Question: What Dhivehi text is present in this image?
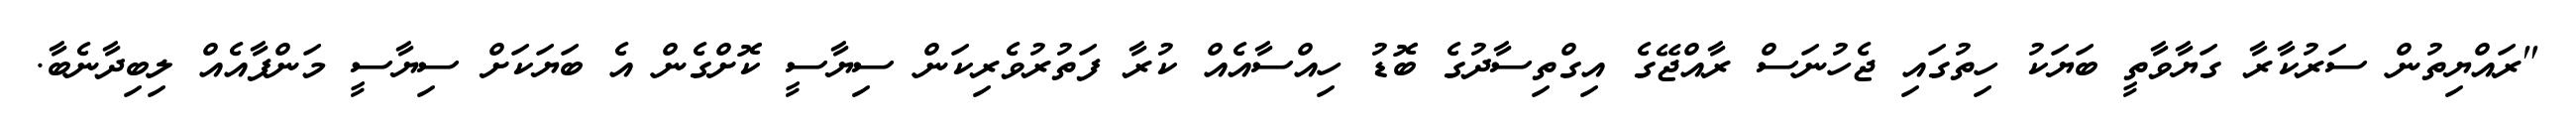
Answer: "ރައްޔިތުން ސަރުކާރާ ގަޔާވާތީ ބަޔަކު ހިތުގައި ޖެހުނަސް ރާއްޖޭގެ އިގްތިސާދުގެ ބޮޑު ހިއްސާއެއް ކުރާ ފަތުރުވެރިކަން ސިޔާސީ ކޮށްގެން އެ ބަޔަކަށް ސިޔާސީ މަންފާއެއް ލިބިދާނެބާ.